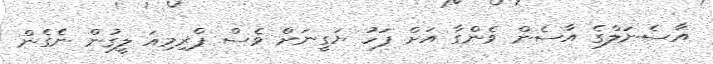
އާސެނަލްގެ އާސެން ވެންގާ އަށް ފަހު ޔަގީނަށް ވެސް ޕްރިމިއަ ލީގުން ނެގެން